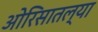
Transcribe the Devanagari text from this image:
ओरिसातल्या